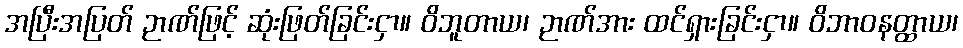
အပြီးအပြတ် ဉာဏ်ဖြင့် ဆုံးဖြတ်ခြင်းငှာ။ ဝိဘူတာယ၊ ဉာဏ်အား ထင်ရှားခြင်းငှာ။ ဝိဘာဝနတ္ထာယ၊